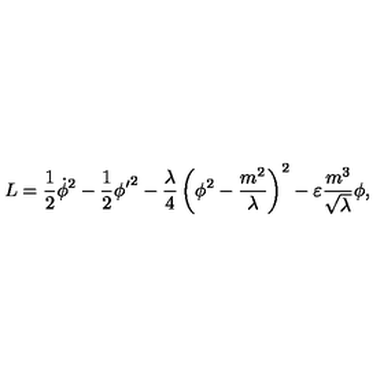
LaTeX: L = \frac { 1 } { 2 } { \dot { \phi } } ^ { 2 } - \frac { 1 } { 2 } { { \phi } ^ { \prime } } ^ { 2 } - \frac { \lambda } { 4 } \left( \phi ^ { 2 } - \frac { m ^ { 2 } } { \lambda } \right) ^ { 2 } - \varepsilon \frac { m ^ { 3 } } { \sqrt \lambda } \phi ,